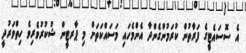
އެ ސޮސައެޓީގެ ފަރާތުން ކުރަމުންގެންދާ އެންމެހައި މަސައްކަތަށް މި ޕާރޓީން ޝުކުރުވެރިވެ ހިތްވަރުދީ